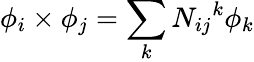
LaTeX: \phi_{i}\times\phi_{j}=\sum_{k}N_{ij}{}^{k}\phi_{k}